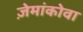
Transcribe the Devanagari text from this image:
ज़ेमांकोवा